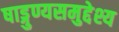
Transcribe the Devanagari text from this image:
षाड्गुण्यसमुद्देश्य